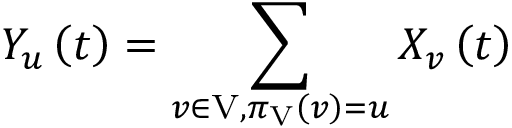
Y _ { u } \left( t \right) = \sum _ { v \in \mathrm { V } , \pi _ { \mathrm { V } } \left( v \right) = u } X _ { v } \left( t \right)